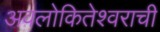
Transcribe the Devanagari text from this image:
अवलोकितेश्वराची